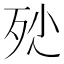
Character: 𣧖